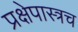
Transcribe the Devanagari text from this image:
प्रक्षेपास्त्रच